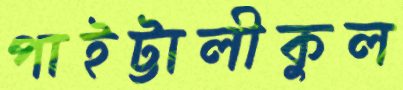
পাইট্টালীকুল